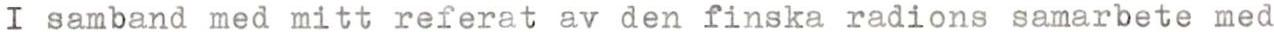
I samband med mitt referat av den finska radions samarbete med